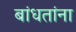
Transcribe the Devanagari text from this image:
बांधतांना